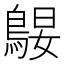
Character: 𱈪